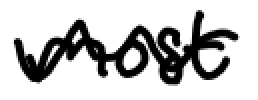
Text: most
Cross-out: wave
Writing tool: digital_black